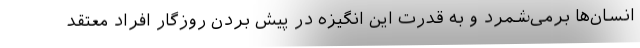
انسان‌ها برمی‌شمرد و به قدرت این انگیزه در پیش بردن روزگار افراد معتقد